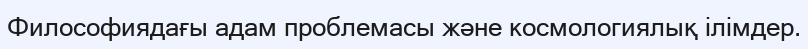
Философиядағы адам проблемасы және космологиялық ілімдер.